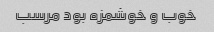
خوب و خوشمزه بود مرسب